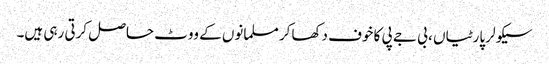
سیکولر پارٹیاں ، بی جے پی کا خوف دکھاکر مسلمانوں کے ووٹ حاصل کرتی رہی ہیں۔